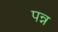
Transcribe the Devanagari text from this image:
पन्न